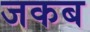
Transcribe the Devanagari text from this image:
जकब